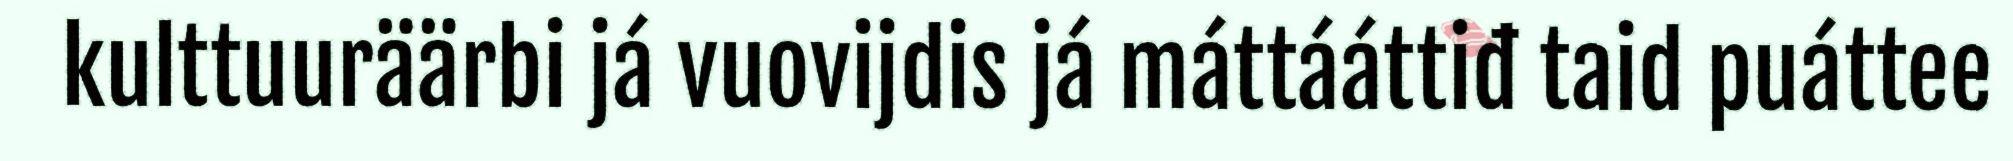
kulttuuräärbi já vuovijdis já máttááttiđ taid puáttee